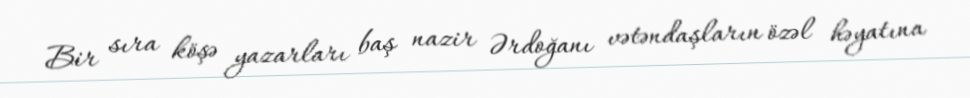
Bir sıra köşə yazarları baş nazir Ərdoğanı vətəndaşların özəl həyatına